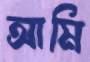
আমি